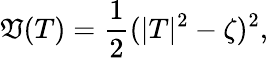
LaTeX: \mathfrak{V}(T)=\frac{1}{2}(|T|^{2}-\zeta)^{2},